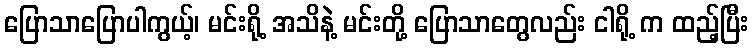
ပြောသာပြောပါကွယ့်၊ မင်းရို့ အသိနဲ့ မင်းတို့ ပြောသာတွေလည်း ငါရို့ က ထည့်ပြီး